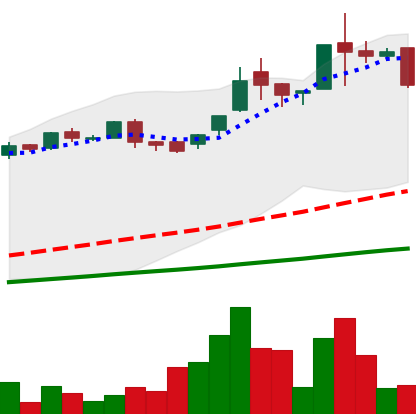
Ticker: LTC-USD
Chart end date: 2016-06-20
Forward return: -20.048%
Label: down_7plus